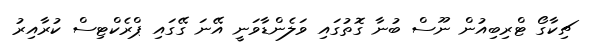
ޗިކާގޯ ޓްރިބިއުން ނޫސް ބުނާ ގޮތުގައި ވަލެންޑާވަނީ އޭނަ ގޭގައި ޕްރެކްޓިސް ކުރާއިރު